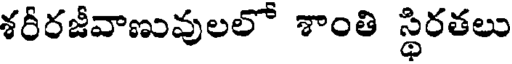
శరీరజీవాణువులలో శాంతి స్థిరతలు